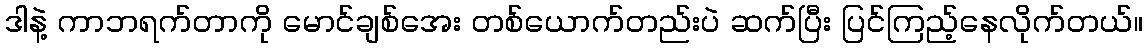
ဒါနဲ့ ကာဘရက်တာကို မောင်ချစ်အေး တစ်ယောက်တည်းပဲ ဆက်ပြီး ပြင်ကြည့်နေလိုက်တယ်။